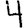
Digit: 4